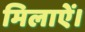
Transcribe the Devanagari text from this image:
मिलाऐं।